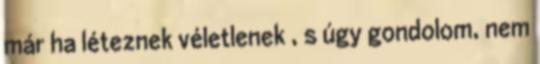
már ha léteznek véletlenek , s úgy gondolom, nem